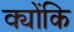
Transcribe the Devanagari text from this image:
क्योंकि